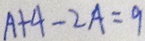
A + 4 - 2 A = 9